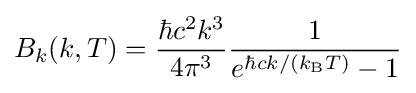
B_{k}(k,T)={\frac {\hbar c^{2}k^{3}}{4\pi ^{3}}}{\frac {1}{e^{\hbar ck/(k_{\mathrm {B} }T)}-1}}